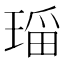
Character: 𱯌